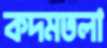
কদমতলা